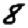
Digit: 8